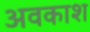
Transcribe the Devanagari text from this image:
अवकाश्‍ा